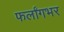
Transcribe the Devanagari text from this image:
फर्लांगभर